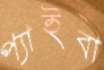
প্যাইবা